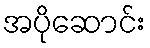
အပိုဆောင်း